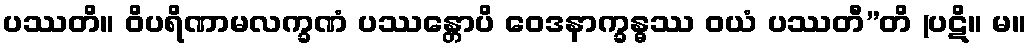
ပဿတိ။ ဝိပရိဏာမလက္ခဏံ ပဿန္တောပိ ဝေဒနာက္ခန္ဓဿ ဝယံ ပဿတီ”တိ (ပဋိ။ မ။